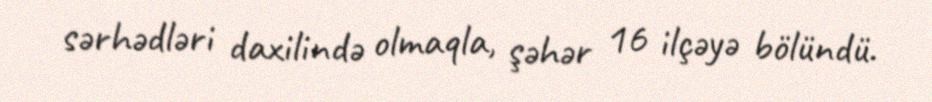
sərhədləri daxilində olmaqla, şəhər 16 ilçəyə bölündü.